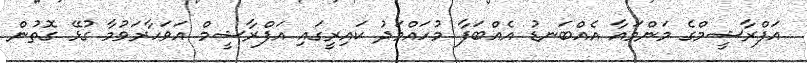
އަފްރާޝީމްގެ މަންމައާ އެއްބަނޑު އެއްބަފާ މުހައްމަދު ކައިރީގައި އަފްރާޝީމް އަވަހާރަވުމާ ގުޅޭ ގޮތުން